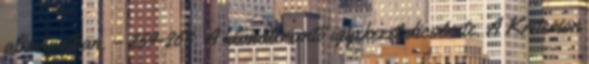
alkonyatban. – 259-263. A klímateremtő igyekezet dicsérete. A Kriterion